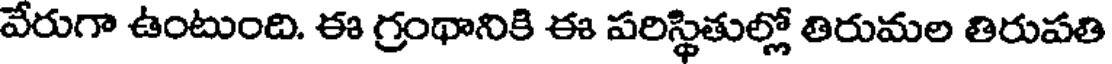
వేరుగా ఉంటుంది. ఈ గ్రంథానికి ఈ పరిస్థితుల్లో తిరుమల తిరుపతి